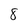
Character: 8